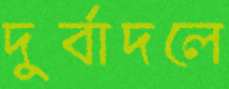
দুর্বাদলে